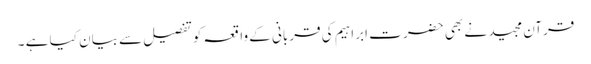
قرآن مجید نے بھی حضر ت ابراہیم کی قربانی کے واقعہ کوتفصیل سے بیان کیا ہے ۔